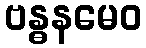
ဗန္ဓနမေဝ